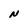
Character: N